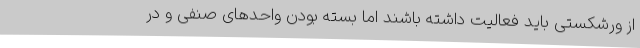
از ورشکستی باید فعالیت داشته باشند اما بسته بودن واحدهای صنفی و در